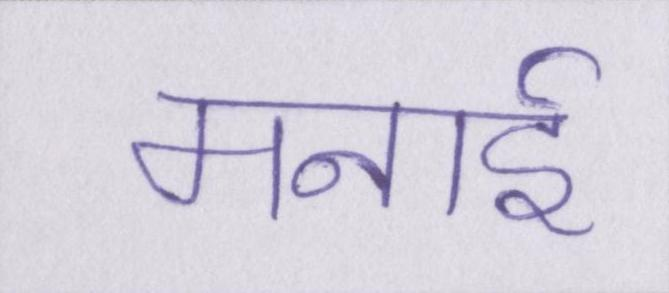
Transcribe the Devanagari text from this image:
मनाई